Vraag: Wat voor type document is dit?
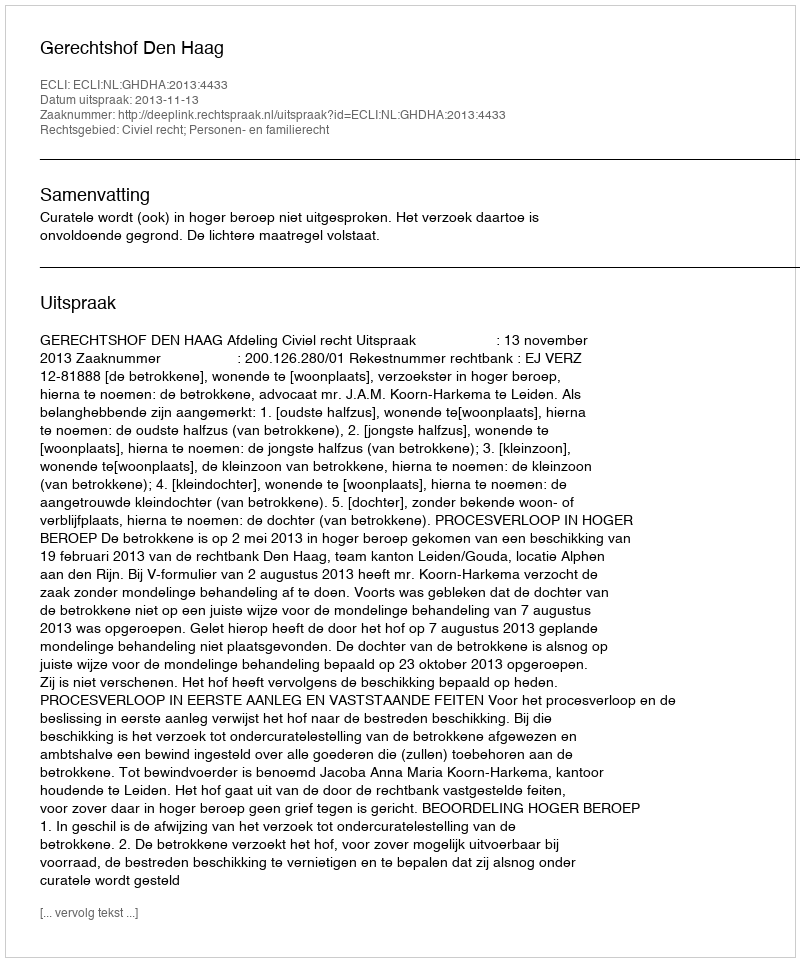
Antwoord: Uitspraak